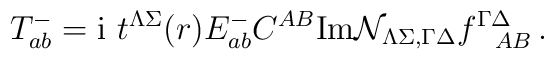
T_{ab}^- = {\rm i}\ t^{\Lambda\Sigma}(r) E_{ab}^- C^{AB}{\rm Im}{\cal N }_{\Lambda \Sigma,\Gamma\Delta}f^{\Gamma\Delta}_{~~AB} \, .